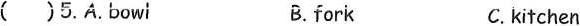
( )5.A.bowi B. fork C.kitchen